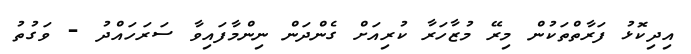
އިދިކޮޅު ފަރާތްތަކުން މިރޭ މުޒާހަރާ ކުރިއަށް ގެންދަން ނިންމާފައިވާ ސަރަހައްދު - ވަގުތު